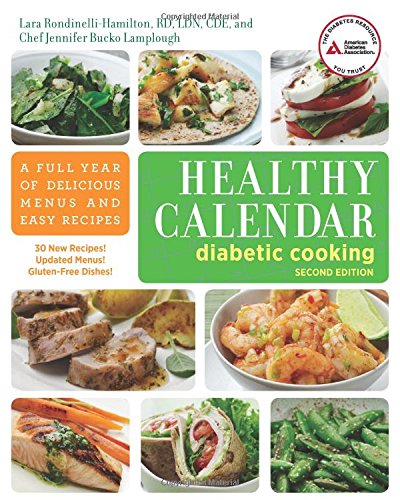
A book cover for Healthy Calendar Diabetic Cooking: A Full Year of Delicious Menus and Easy Recipes; Lara Rondinelli-Hamilton R.D.; Cookbooks, Food & Wine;